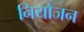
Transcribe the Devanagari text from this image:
नियोजन